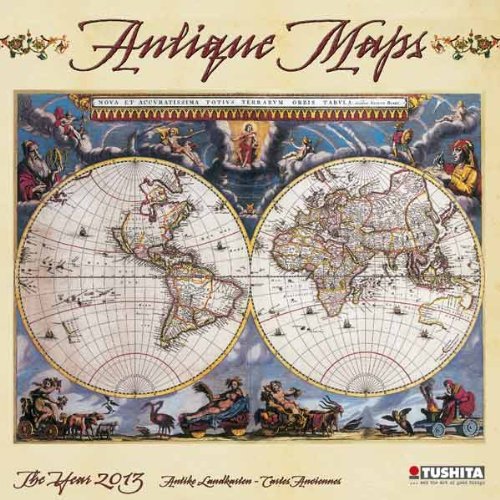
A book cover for Antique Maps 2013; Calendars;